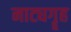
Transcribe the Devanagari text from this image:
नाट्यगॄह